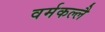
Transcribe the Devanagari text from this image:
वर्मकल्लै